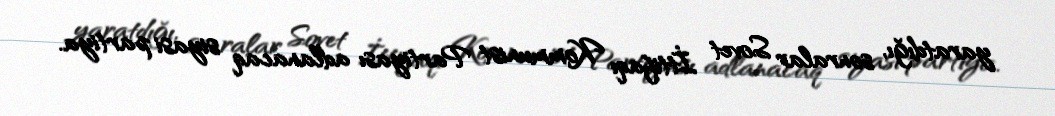
yaratdığı, sonralar Sovet İttifaqı Kommunist Partiyası adlanacaq siyasi partiya.